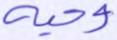
وحيه